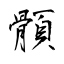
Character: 顝